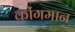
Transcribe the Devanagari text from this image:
कोंगमान